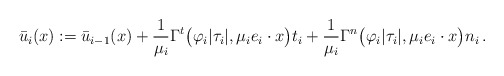
\begin{align*}\bar{u}_i (x) := \bar{u}_{i-1}(x) + \frac{1}{\mu_i} \Gamma^t \big(\varphi_i|\tau_i|, \mu_ie_i\cdot x\big) t_i + \frac{1}{\mu_i} \Gamma^n \big(\varphi_i|\tau_i|, \mu_ie_i\cdot x\big) n_i\, . \end{align*}